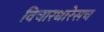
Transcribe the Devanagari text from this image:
विचारधारेसच